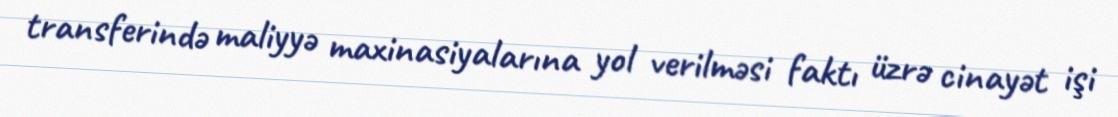
transferində maliyyə maxinasiyalarına yol verilməsi faktı üzrə cinayət işi